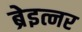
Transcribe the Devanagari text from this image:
ब्रेइत्नर